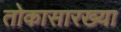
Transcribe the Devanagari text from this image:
तोकासारख्या